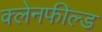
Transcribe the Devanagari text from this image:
क्लेनफील्ड